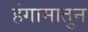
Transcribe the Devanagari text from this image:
हंगामातुन